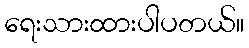
ရေးသားထားပါပတယ်။